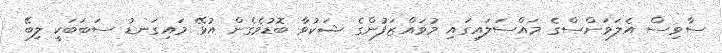
ސާވިސް އެލަވަންސްގެ މައްސަލައިގައި މުވައްޒަފުންގެ ޝަކުވާ ބޮޑުވެގެން އުޅޭ މައިގަނޑު ސަބަބަކީ ލިބޭ